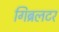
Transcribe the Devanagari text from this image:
गिब्रलटर